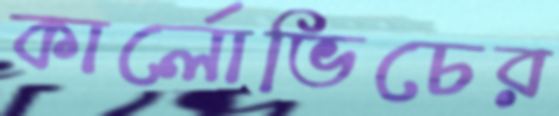
কার্লোভিচের